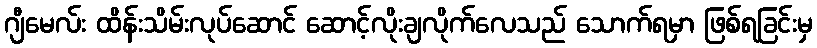
ဂျီမေလ်း ထိန်းသိမ်းလုပ်ဆောင် ဆောင့်လိုးချလိုက်လေသည် သောက်ရမှာ ဖြစ်ရခြင်းမှ